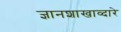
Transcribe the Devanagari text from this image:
ज्ञानशाखाव्दारे